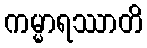
ကမ္မာရဿာတိ